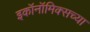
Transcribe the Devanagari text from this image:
इकॉनॉमिक्सच्या